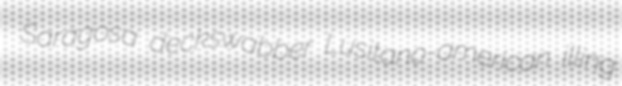
Saragosa deckswabber Lusitano-american illing